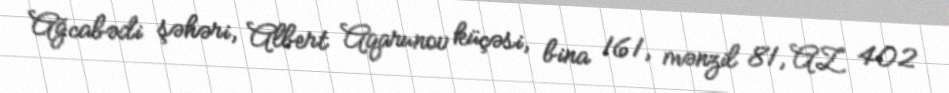
Ağcabədi şəhəri, Albert Aqarunov küçəsi, bina 161, mənzil 81, AZ 402